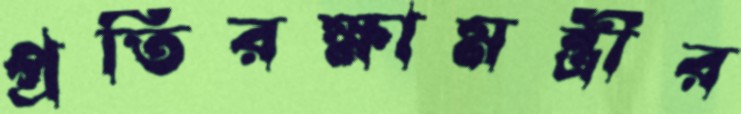
প্রতিরক্ষামন্ত্রীর